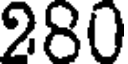
280